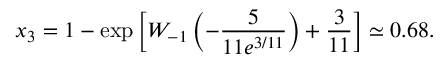
x _ { 3 } = 1 - \exp \left[ W _ { - 1 } \left( - \frac { 5 } { 1 1 e ^ { 3 / 1 1 } } \right) + \frac { 3 } { 1 1 } \right] \simeq 0 . 6 8 .